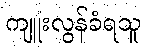
ကျူးလွန်ခံရသူ